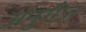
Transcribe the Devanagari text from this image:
अनुगँज